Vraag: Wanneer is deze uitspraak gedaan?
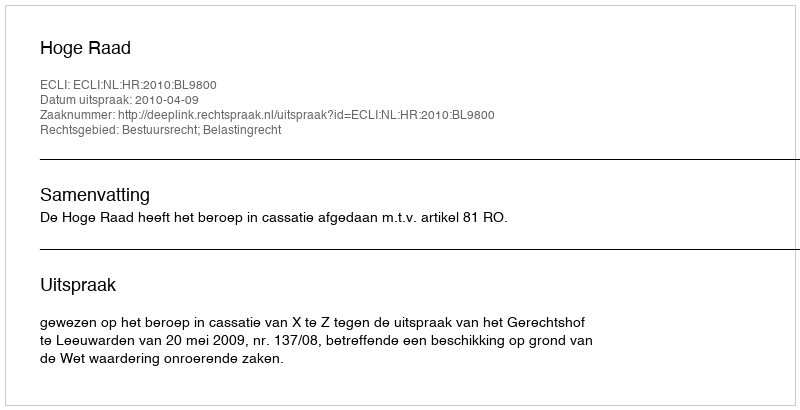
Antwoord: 2010-04-09